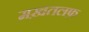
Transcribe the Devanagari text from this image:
मख़तलफ़